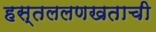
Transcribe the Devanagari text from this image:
हस्तललणखताची